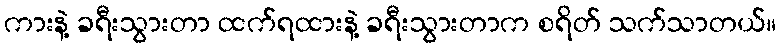
ကားနဲ့ ခရီးသွားတာ ထက်ရထားနဲ့ ခရီးသွားတာက စရိတ် သက်သာတယ်။